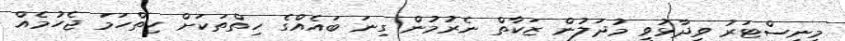
މިނިސްޓަރު ވިދާޅުވީ މުދަލުން ޒަކާތް ނެރުމުން ގިނަ ބައެއްގެ ހިތްތަކަށް ހިތްހަމަ ޖެހުމެއް